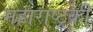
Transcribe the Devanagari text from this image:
महाराष्ट्रकी